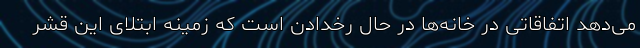
می‌دهد اتفاقاتی در خانه‌ها در حال رخدادن است که زمینه ابتلای این قشر